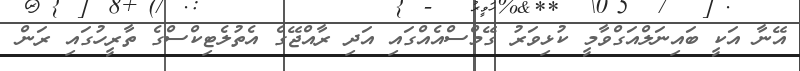
އޭނާ އަކީ ބައިނަލްއަގްވާމީ ކުޅިވަރު ގޭމްސްއެއްގައި އަދި ރާއްޖޭގެ އެތުލެޓިކްސްގެ ތާރީހުގައި ރަން